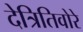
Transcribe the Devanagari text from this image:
देत्रितिवोरे